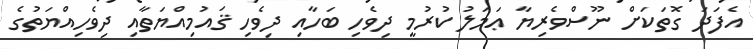
އެފަދަ ގޮތަކަށް ނޫސްވެރިޔާ ޢަމަލު ކުރުމީ ދިވެހި ބަހާއި ދިވެހި ޤައުމިއްޔަތާއި ދިވެހިއްޔަތުގެ